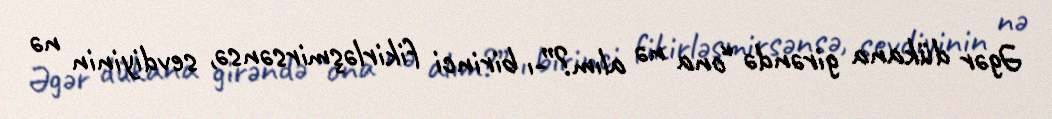
Əgər dükana girəndə “ona nə alım?”-ı birinci fikirləşmirsənsə, sevdiyinin nə